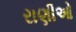
રાણીઓ